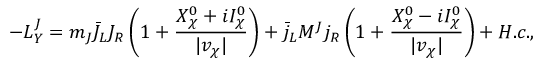
- { \cal L } _ { Y } ^ { J } = m _ { J } \bar { J } _ { L } J _ { R } \left( 1 + \frac { X _ { \chi } ^ { 0 } + i I _ { \chi } ^ { 0 } } { \vert v _ { \chi } \vert } \right) + \bar { j } _ { L } M ^ { J } j _ { R } \left( 1 + \frac { X _ { \chi } ^ { 0 } - i I _ { \chi } ^ { 0 } } { \vert v _ { \chi } \vert } \right) + H . c . ,